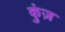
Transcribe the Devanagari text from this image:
कुंज़